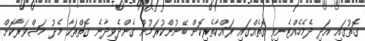
ގޮތުގައި އަދި ދެމެހެއްޓެނިވި ގޮތެއްގައި ރައްކާތެރިކޮށް ބޭނުންކުރަމުން ގެންދެވިދާނެ ގޮތްތަކާ މެދު މަޝްވަރާކޮށް